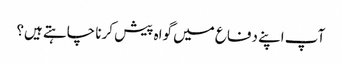
آپ اپنے دفاع میں گواہ پیش کرنا چاہتے ہیں؟